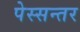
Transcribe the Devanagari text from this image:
पेस्सन्तर